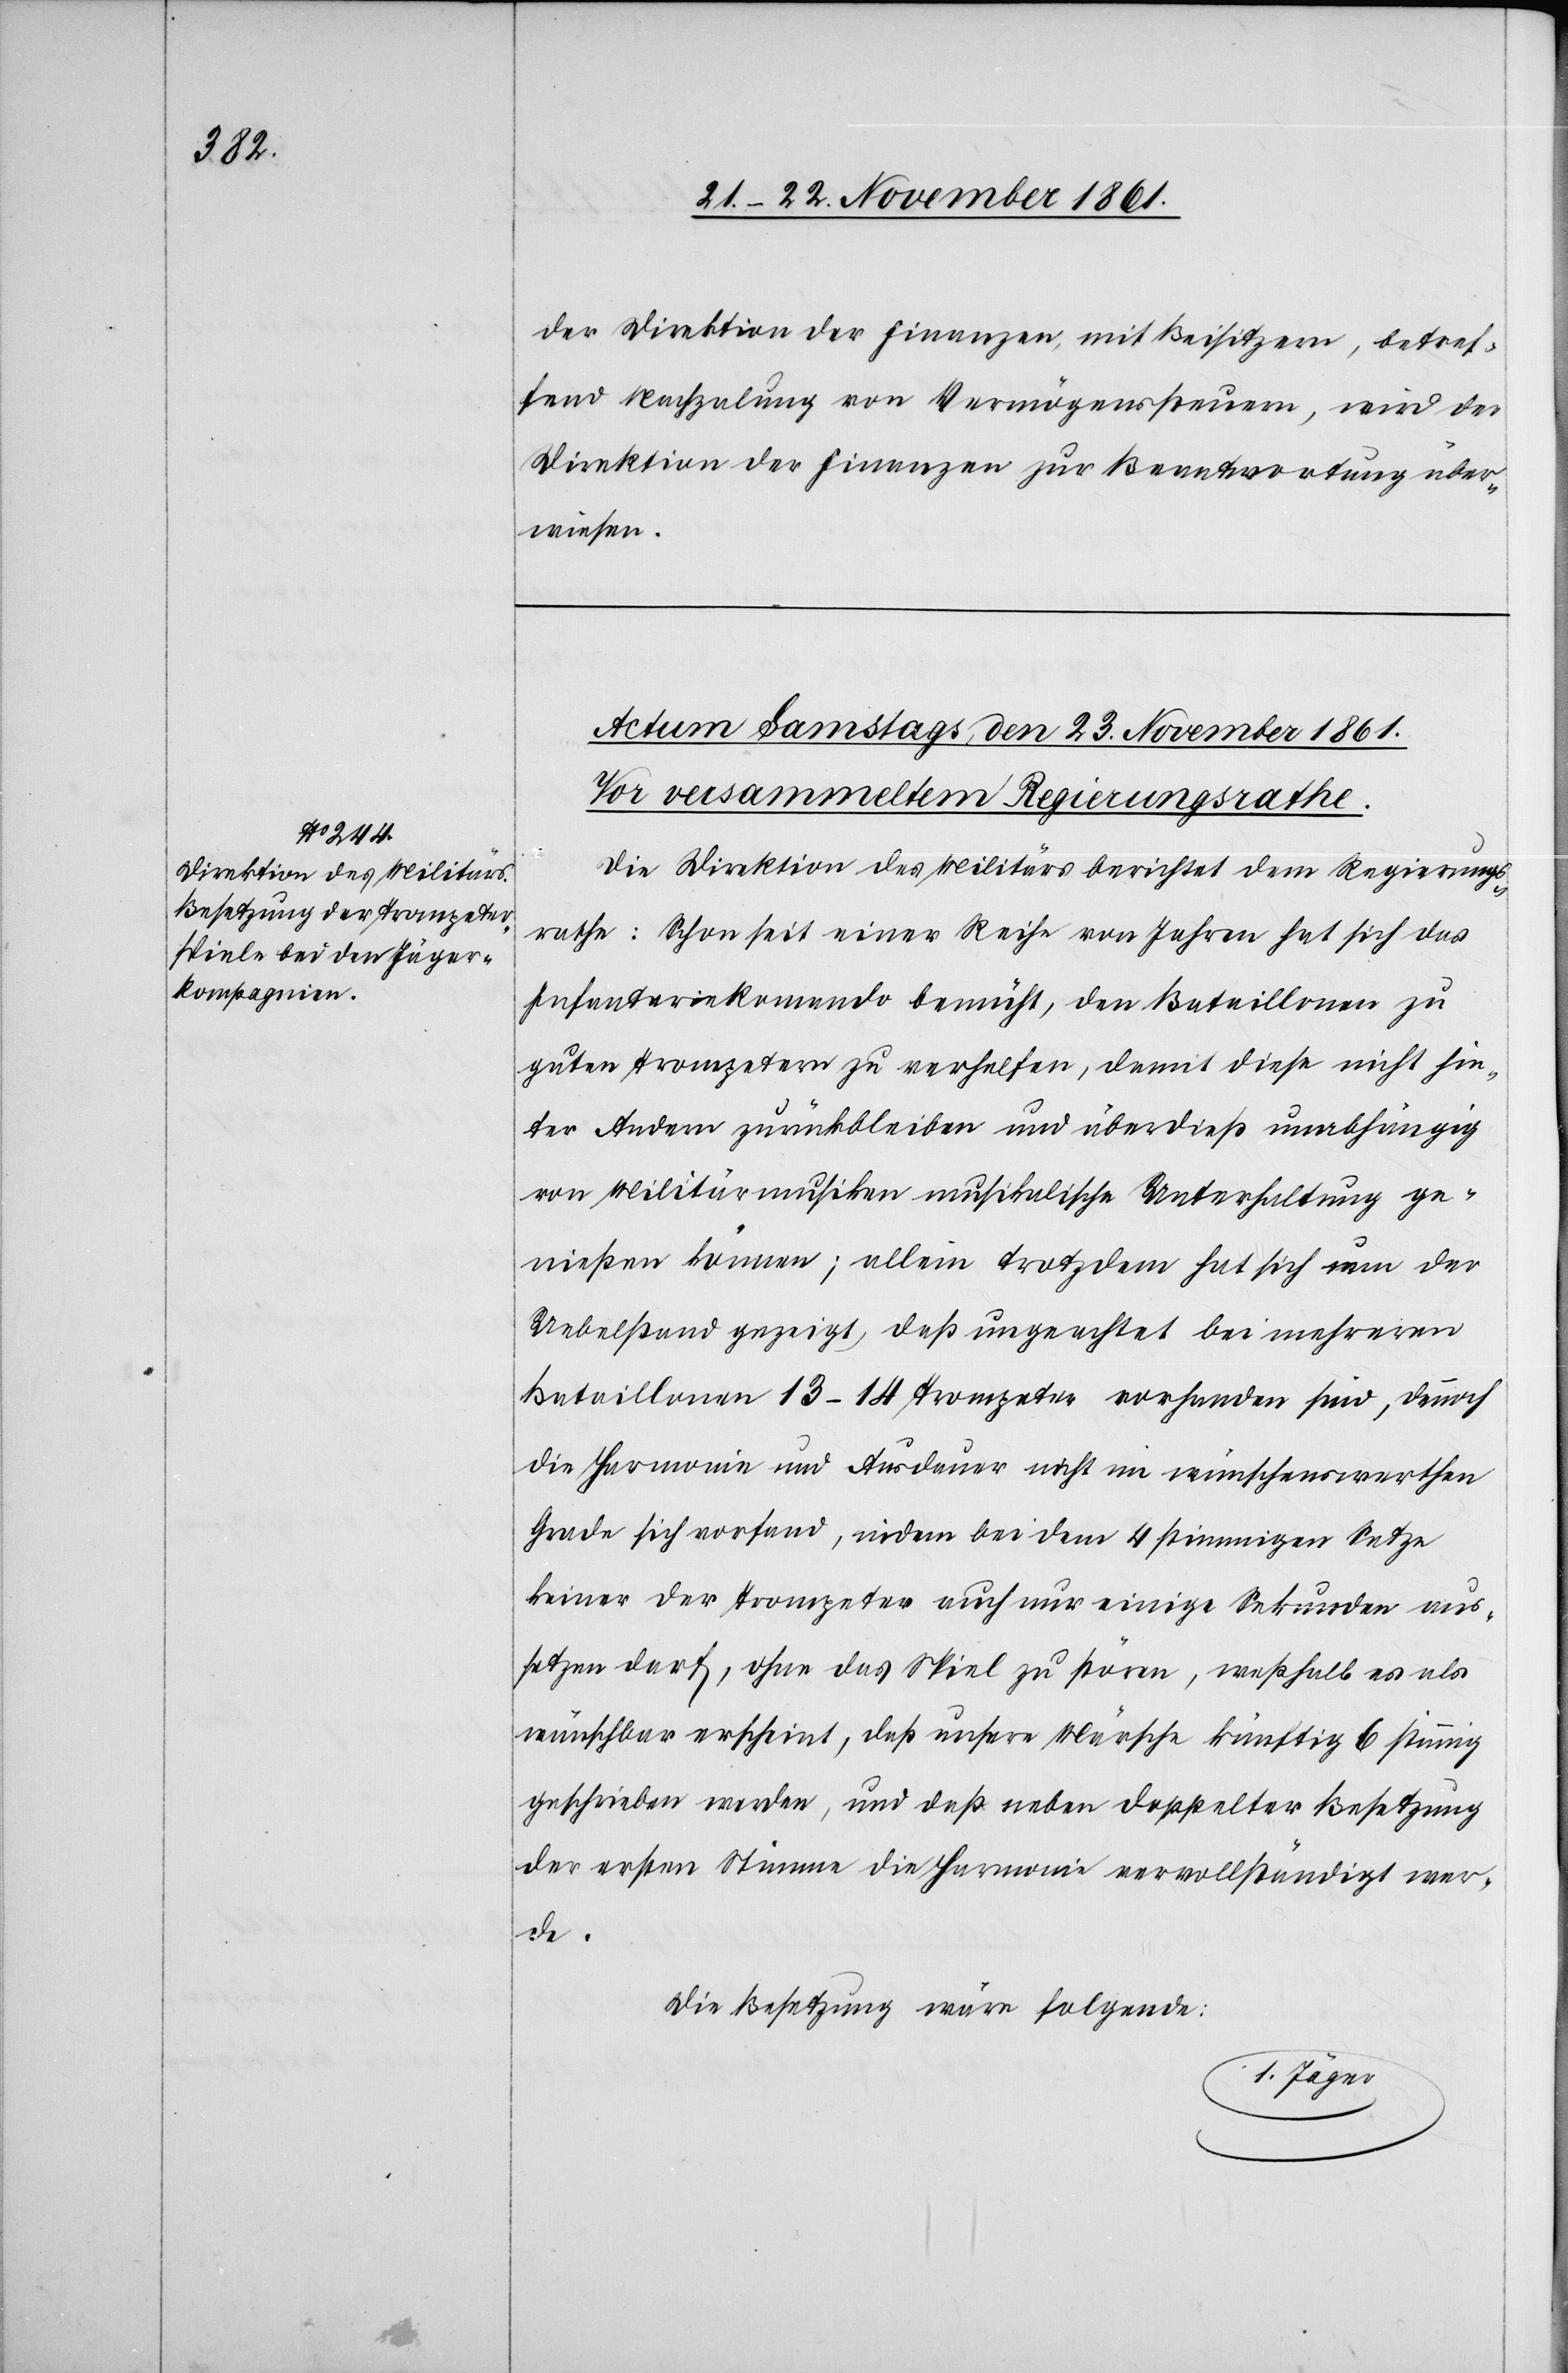
der Direktion der Finanzen mit Beisitzern, betref¬
fend Nachzalung von Vermögenssteuern, wird der
Direktion der Finanzen zur Beantwortung über¬
wiesen.
Die Direktion des Militärs berichtet dem Regierungs¬
rathe: Schon seit einer Reihe von Jahren hat sich das
Infanteriekommando bemüht, den Bataillonen zu
guten Trompetern zu verhelfen, damit diese nicht hin¬
ter Andern zurückbleiben und überdieß unabhängig
von Militärmusiken musikalische Unterhaltung ge¬
nießen können; allein trotzdem hat sich nun der
Uebelstand gezeigt, daß ungeachtet bei mehreren
Bataillonen 13–14 Trompeter vorhanden sind, dennoch
die Harmonie und Ausdauer nicht im wünschenswerthen
Grade sich vorfand, indem bei dem 4 stimmigen Setze
keiner der Trompeter auch nur einige Sekunden aus¬
setzen darf, ohne das Spiel zu stören, weßhalb es als
wünschbar erscheint, daß unsere Märsche künftig 6 stimmig
geschrieben werden, und daß neben doppelter Besetzung
der ersten Stimme die Harmonie vervollständigt wer¬
de.
Die Besetzung wäre folgende: